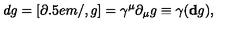
d g = [ \partial \kern - 0 . 5 e m / , g ] = \gamma ^ { \mu } \partial _ { \mu } g \equiv \gamma ( { \bf d } g ) ,